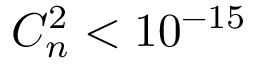
C _ { n } ^ { 2 } < 1 0 ^ { - 1 5 }